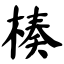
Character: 楱